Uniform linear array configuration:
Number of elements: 12
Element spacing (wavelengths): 1
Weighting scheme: hann
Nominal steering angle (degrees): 45
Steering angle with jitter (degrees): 43.309
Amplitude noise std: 0.05
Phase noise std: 0.05

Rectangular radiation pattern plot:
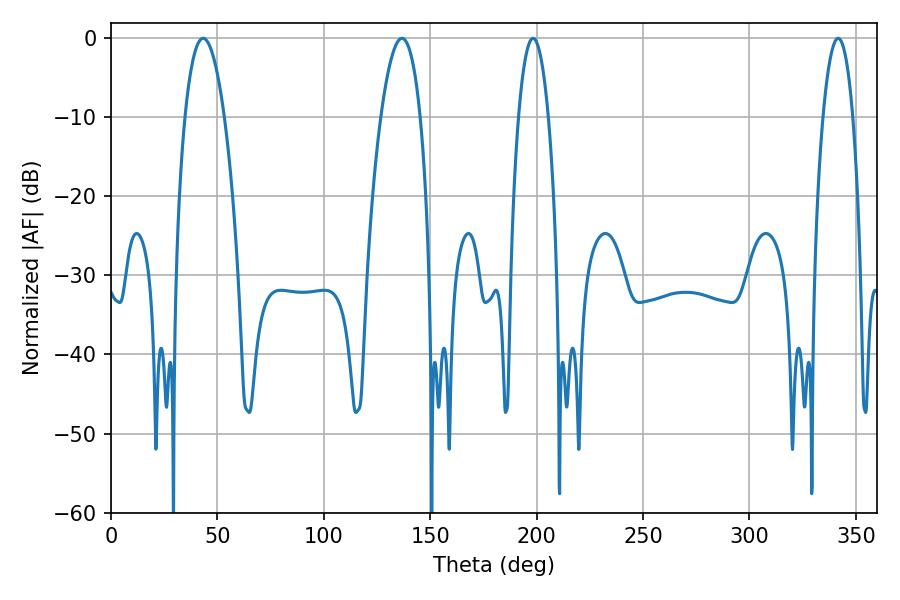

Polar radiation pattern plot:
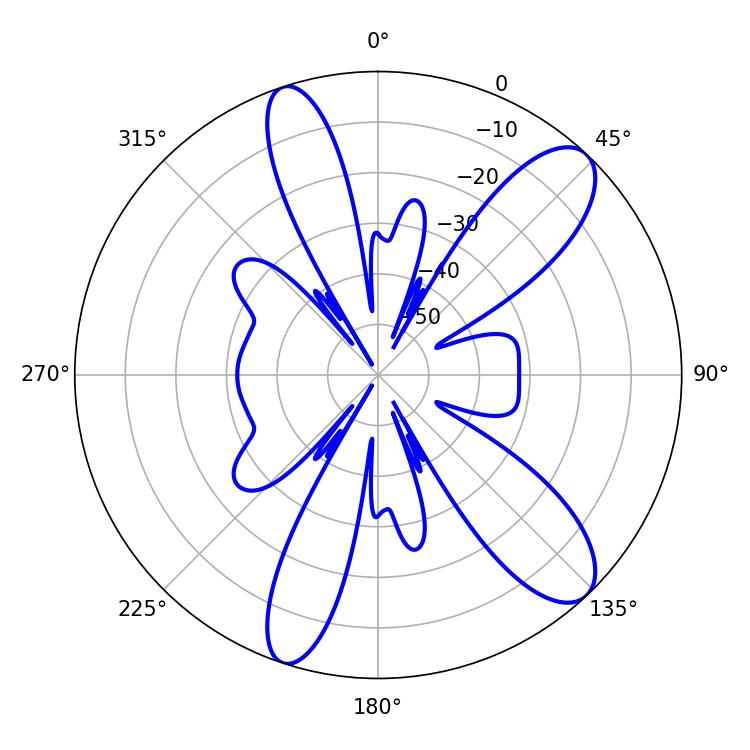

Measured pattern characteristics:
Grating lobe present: TRUE
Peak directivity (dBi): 10.684
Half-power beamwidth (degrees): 7.92
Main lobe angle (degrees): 198.36